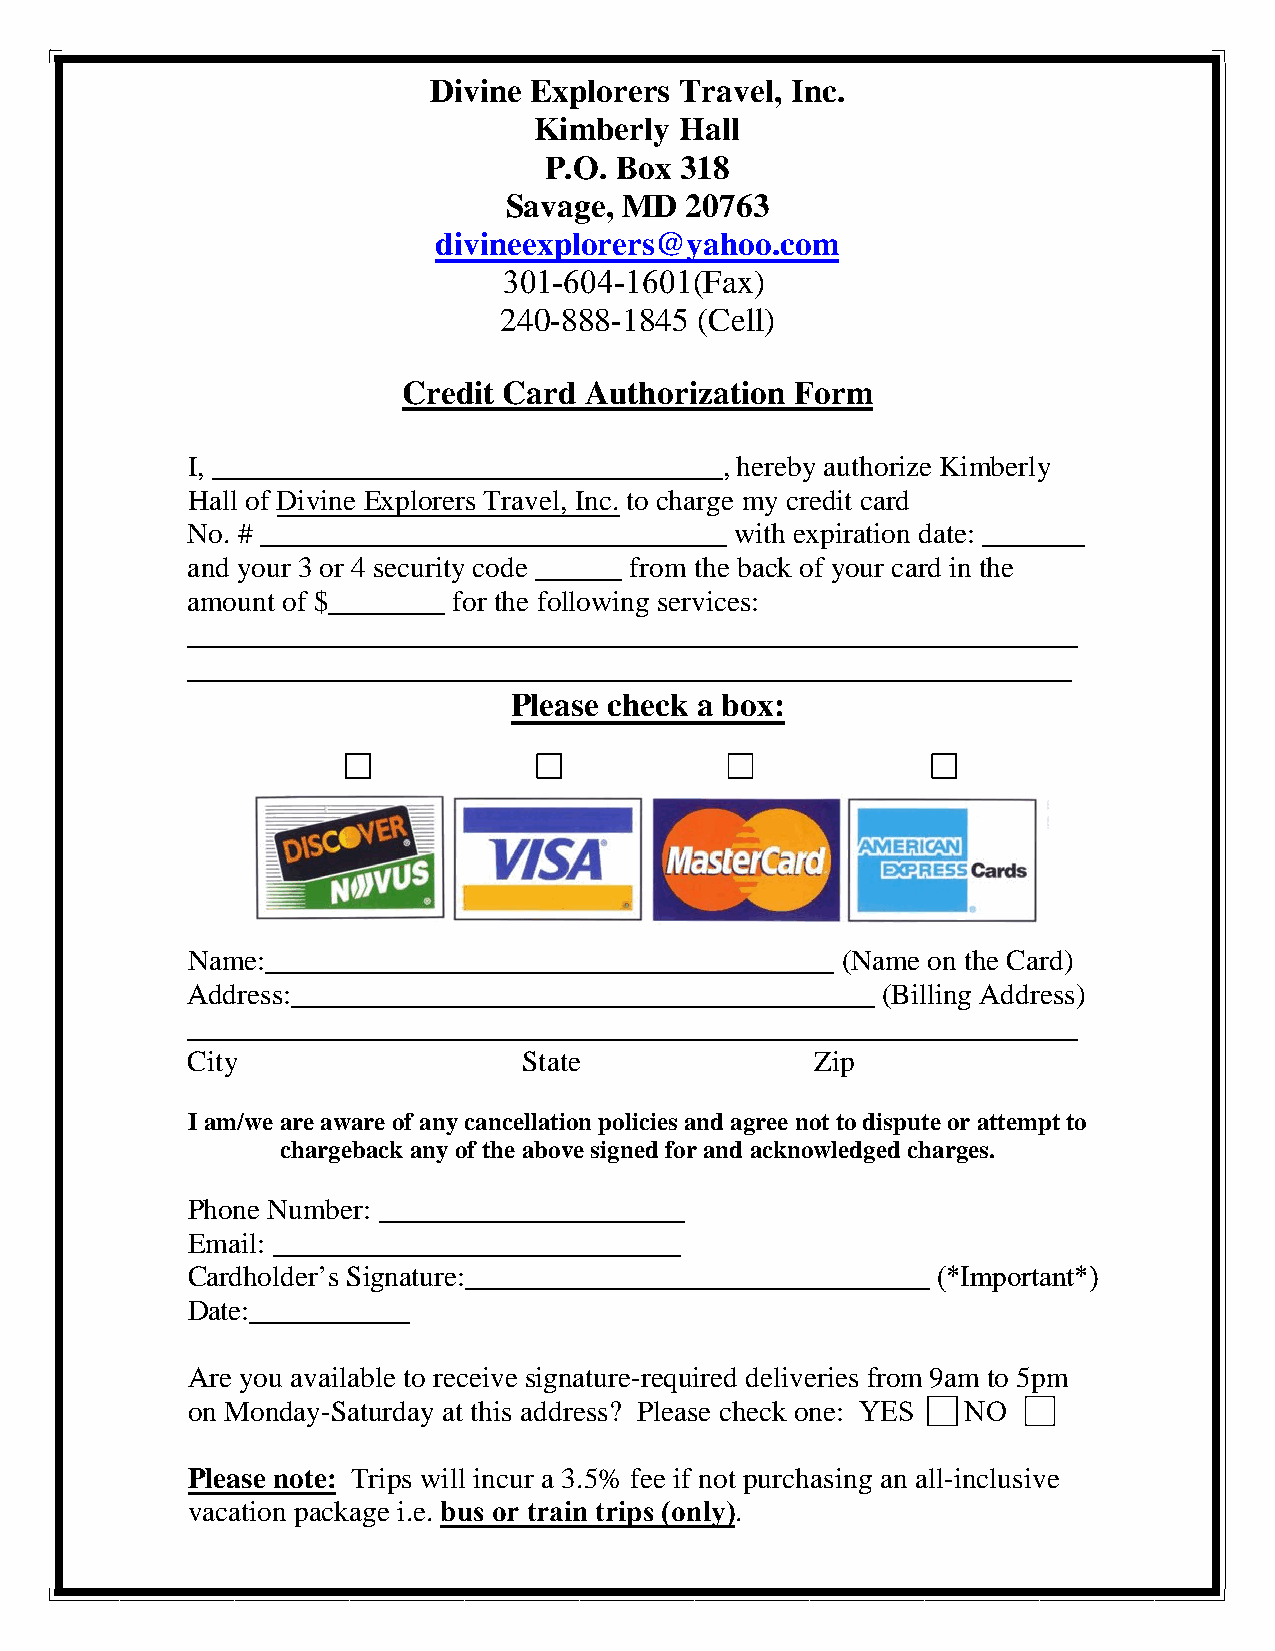
Divine Explorers Travel, Inc.
 Kimberly  Hall
 P.O. Box 318
 Savage, MD  20763
 divineexplorers@yahoo.com
 301-604-1601(Fax)
 240-888-1845 (Cell)
 Credit Card Authorization Form
 I, ___________________________________, hereby authorize Kimberly
 Hall of Divine Explorers Travel, Inc. to charge my credit card
 No. # ________________________________ with expiration date: _______
 and your 3 or 4 security code ______ from the back of your card in the
 amount of $________ for the following services:
 _____________________________________________________________
 _____________________________________________________________
 Please check a box:
 Name:_______________________________________ (Name on the Card)
 Address:________________________________________ (Billing Address)
 _____________________________________________________________
 City                   State              Zip
 I am/we are aware of any cancellation policies and agree not to dispute or attempt to
 chargeback any of the above signed for and acknowledged charges.
 Phone Number: _____________________
 Email: ____________________________
 Cardholder’s Signature:________________________________ (*Important*)
 Date:___________
 Are you available to receive signature-required deliveries from 9am to 5pm
 on Monday-Saturday at this address? Please check one: YES NO
 Please note: Trips will incur a 3.5% fee if not purchasing an all-inclusive
 vacation package i.e. bus or train trips (only).